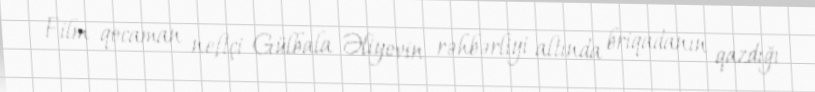
Film qocaman neftçi Gülbala Əliyevin rəhbərliyi altında briqadanın qazdığı